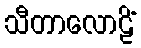
သီတာလောဠိံ